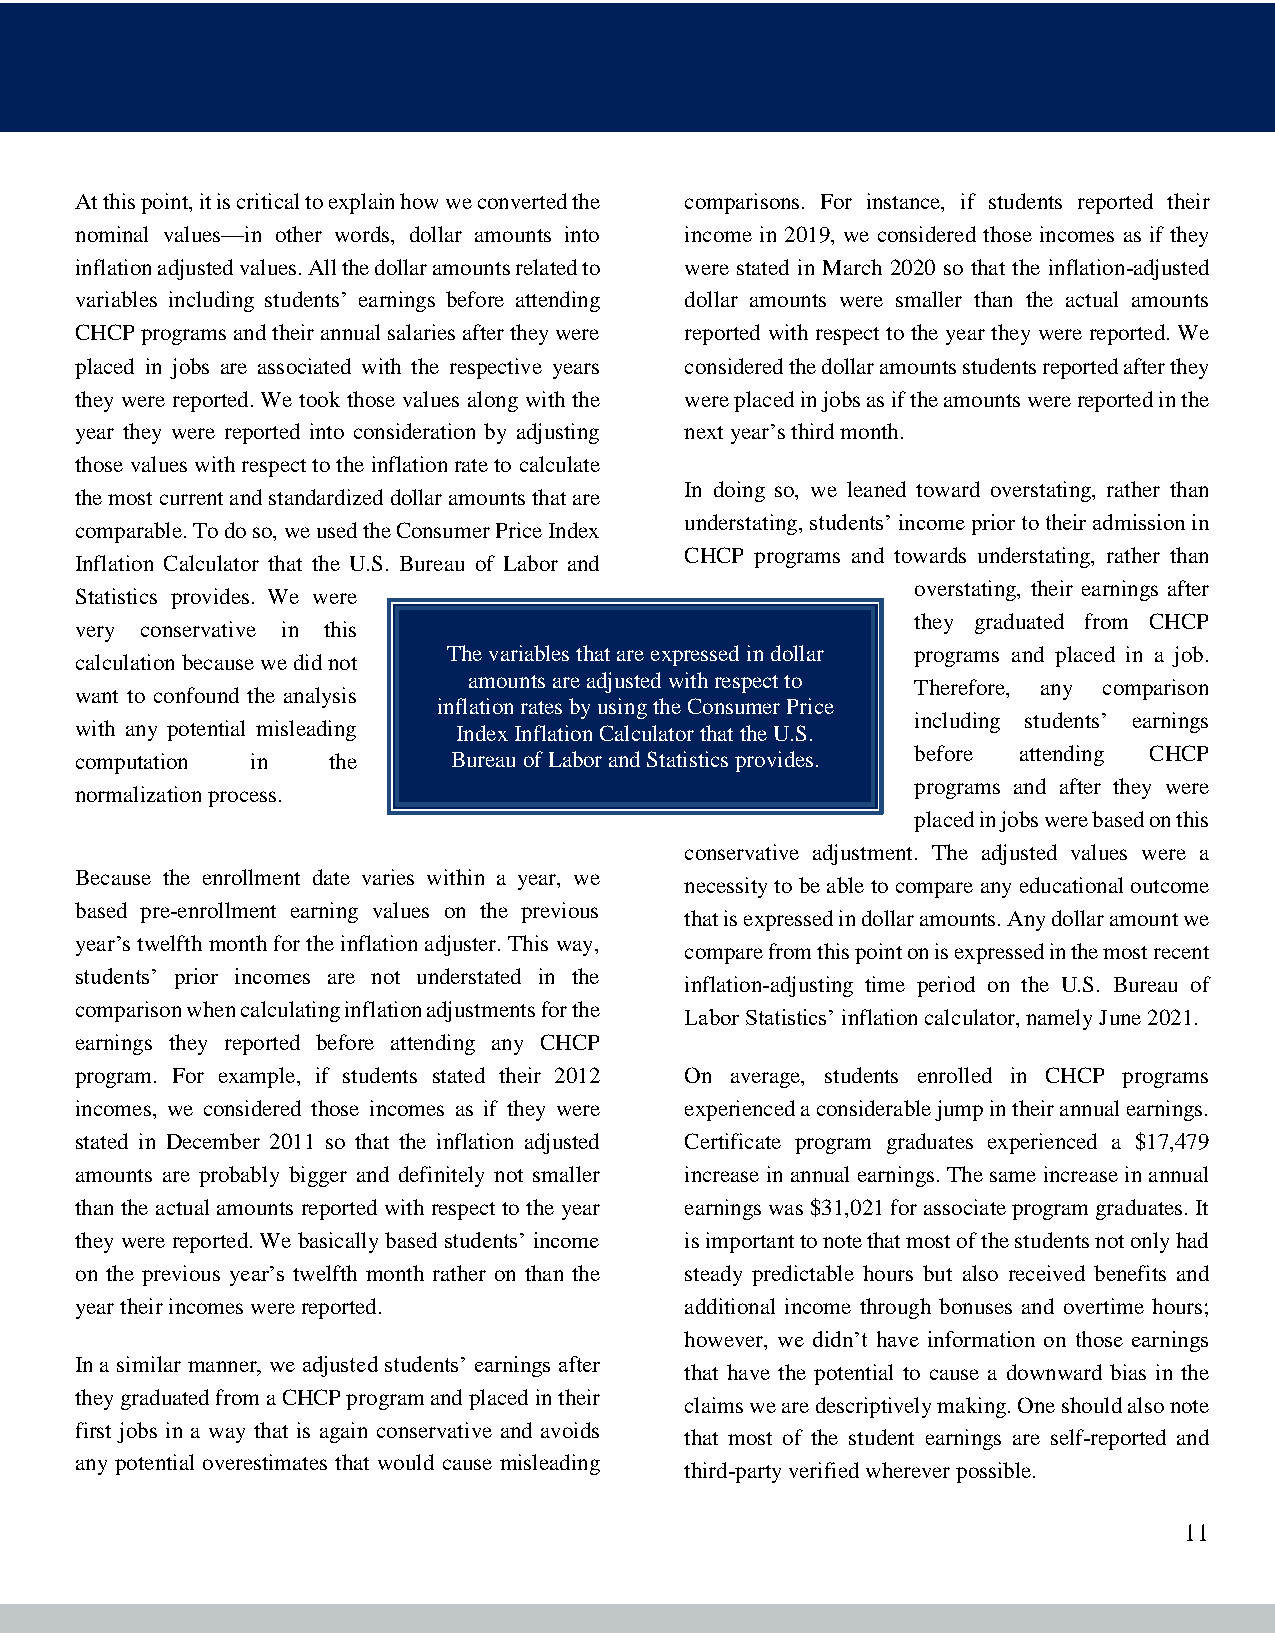
At this point, it is critical to explain how we converted the comparisons. For instance, if students reported their
 nominal values—in other words, dollar amounts into income in 2019, we considered those incomes as if they
 inflation adjusted values. All the dollar amounts related to were stated in March 2020 so that the inflation-adjusted
 variables including students’ earnings before attending dollar amounts were smaller than the actual amounts
 CHCP programs and their annual salaries after they were reported with respect to the year they were reported. We
 placed in jobs are associated with the respective years considered the dollar amounts students reported after they
 they were reported. We took those values along with the were placed in jobs as if the amounts were reported in the
 year they were reported into consideration by adjusting next year’s third month.
 those values with respect to the inflation rate to calculate
 In doing so, we leaned toward overstating, rather than
 the most current and standardized dollar amounts that are
 understating, students’ income prior to their admission in
 comparable. To do so, we used the Consumer Price Index
 CHCP programs and towards understating, rather than
 Inflation Calculator that the U.S. Bureau of Labor and
 overstating, their earnings after
 Statistics provides. We were
 they graduated from CHCP
 very conservative in this
 The variables that are expressed in dollar programs and placed in a job.
 calculation because we did not
 amounts are adjusted with respect to
 Therefore, any comparison
 want to confound the analysis
 inflation rates by using the Consumer Price
 including students’ earnings
 with any potential misleading Index Inflation Calculator that the U.S.
 computation in   the     Bureau of Labor and Statistics provides. before attending CHCP
 programs and after they were
 normalization process.
 placed in jobs were based on this
 conservative adjustment. The adjusted values were a
 Because the enrollment date varies within a year, we
 necessity to be able to compare any educational outcome
 based pre-enrollment earning values on the previous
 that is expressed in dollar amounts. Any dollar amount we
 year’s twelfth month for the inflation adjuster. This way,
 compare from this point on is expressed in the most recent
 students’ prior incomes are not understated in the
 inflation-adjusting time period on the U.S. Bureau of
 comparison when calculating inflation adjustments for the
 Labor Statistics’ inflation calculator, namely June 2021.
 earnings they reported before attending any CHCP
 program. For example, if students stated their 2012 On average, students enrolled in CHCP programs
 incomes, we considered those incomes as if they were experienced a considerable jump in their annual earnings.
 stated in December 2011 so that the inflation adjusted Certificate program graduates experienced a $17,479
 amounts are probably bigger and definitely not smaller increase in annual earnings. The same increase in annual
 than the actual amounts reported with respect to the year earnings was $31,021 for associate program graduates. It
 they were reported. We basically based students’ income is important to note that most of the students not only had
 on the previous year’s twelfth month rather on than the steady predictable hours but also received benefits and
 year their incomes were reported.       additional income through bonuses and overtime hours;
 however, we didn’t have information on those earnings
 In a similar manner, we adjusted students’ earnings after
 that have the potential to cause a downward bias in the
 they graduated from a CHCP program and placed in their
 claims we are descriptively making. One should also note
 first jobs in a way that is again conservative and avoids
 that most of the student earnings are self-reported and
 any potential overestimates that would cause misleading
 third-party verified wherever possible.
 11